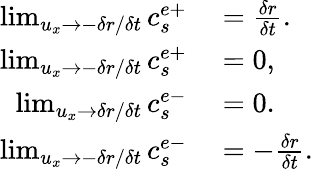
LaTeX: \begin{array}{rl}{\operatorname*{lim}_{u_{x}\rightarrow-\delta r/\delta t}c_{s}^{e+}}&{{}=\frac{\delta r}{\delta t}.}\\ {\operatorname*{lim}_{u_{x}\rightarrow-\delta r/\delta t}c_{s}^{e+}}&{{}=0,}\\ {\operatorname*{lim}_{u_{x}\rightarrow\delta r/\delta t}c_{s}^{e-}}&{{}=0.}\\ {\operatorname*{lim}_{u_{x}\rightarrow-\delta r/\delta t}c_{s}^{e-}}&{{}=-\frac{\delta r}{\delta t}.}\end{array}